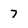
Character: 7